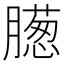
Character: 𣎨